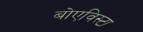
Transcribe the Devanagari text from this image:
बोएविस्टा